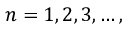
n = 1 , 2 , 3 , \ldots ,